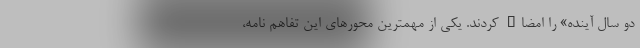
دو سال آینده» را امضاء کردند. یکی از مهمترین محورهای این تفاهم نامه،